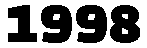
1998